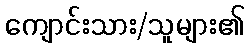
ကျောင်းသား/သူများ၏